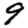
Digit: 9